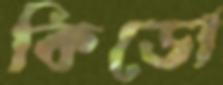
কিডো